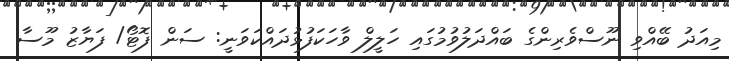
މިއަދު ބޭއްވި ނޫސްވެރިންގެ ބައްދަލުވުމުގައި ހަލީލް ވާހަކަފުޅުދައްކަވަނީ: ސަން ފޮޓޯ/ ފަޔާޒު މޫސާ